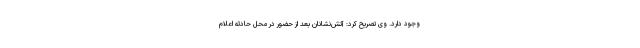
وجود دارد. وی تصریح کرد: آتش‌نشانان بعد از حضور در محل حادثه اعلام